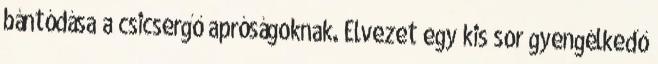
bántódása a csicsergő apróságoknak. Elvezet egy kis sor gyengélkedő